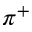
\pi ^ { + }